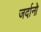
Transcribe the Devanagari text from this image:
जर्दानो